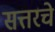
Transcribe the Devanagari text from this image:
सत्तरचे